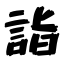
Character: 詣